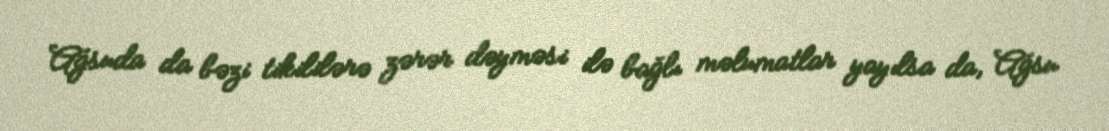
Ağsuda da bəzi tikililərə zərər dəyməsi ilə bağlı məlumatlar yayılsa da, Ağsu